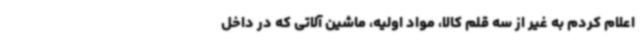
اعلام کردم به غیر از سه قلم کالا، مواد اولیه، ماشین آلاتی که در داخل